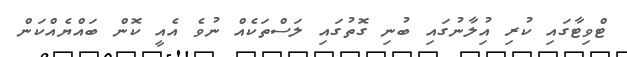
ޓްވިޓާގައި ކުރި އިުލާނުގައި ބުނި ގޮތުގައި ލަސްތަކެއް ނުވެ އެއީ ކޮން ބައްޔެއްކަން